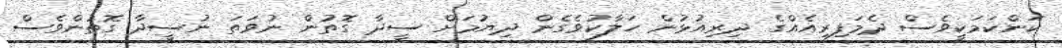
ކަންކަމަކީވެސް ދެމަފިރިއެއްގެ ދިރިއުޅުން ހަލާކުވެގެން ދިޔުމަށް ސީދާ ގޮތުން ނުވަތަ ނުސީދާ ގޮތުންވެސް